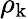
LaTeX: \rho_{\mathrm{k}}